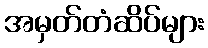
အမှတ်တံဆိပ်များ